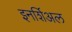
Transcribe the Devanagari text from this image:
इनर्शिअल